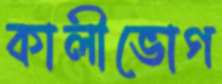
কালীভোগ